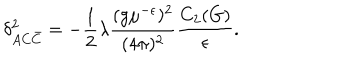
\delta _ { A C \bar { C } } ^ { 2 } = - \frac 1 2 \lambda \frac { ( g \mu ^ { - \epsilon } ) ^ { 2 } } { ( 4 \pi ) ^ { 2 } } \frac { C _ { 2 } ( G ) } { \epsilon } .